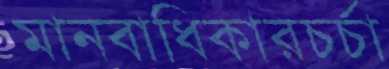
মানবাধিকারচর্চা